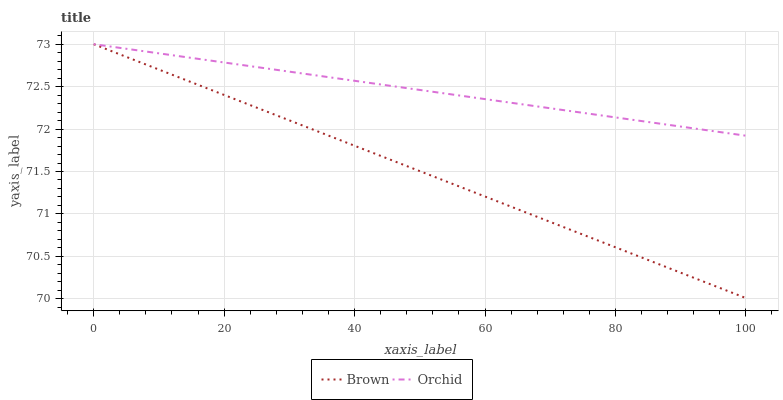
| xaxis_label | Brown | Orchid |
 | --- | --- | --- |
 | 0 | 73 | 73 |
 | 8.33 | 72.8 | 72.9 |
 | 16.7 | 72.5 | 72.8 |
 | 25 | 72.3 | 72.7 |
 | 33.3 | 72 | 72.6 |
 | 41.7 | 71.8 | 72.6 |
 | 50 | 71.5 | 72.5 |
 | 58.3 | 71.3 | 72.4 |
 | 66.7 | 71 | 72.3 |
 | 75 | 70.8 | 72.2 |
 | 83.3 | 70.5 | 72.1 |
 | 91.7 | 70.3 | 72 |
 | 100 | 70 | 71.9 |